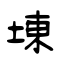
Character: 埬